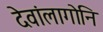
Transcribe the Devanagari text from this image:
देवांलागोनि